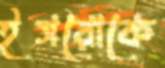
ইসরোকে